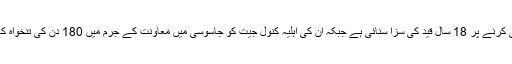
عدالت نے شوہر منموہن سنگھ کو جاسوسی کرنے پر 18 سال قید کی سزا سنائی ہے جبکہ ان کی اہلیہ کنول جیت کو جاسوسی میں معاونت کے جرم میں 180 دن کی تنخواہ کے برابر جرمانہ ادا کرنے کا حکم دیا ہے۔